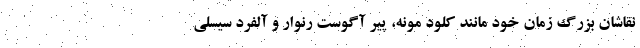
نقاشان بزرگ زمان خود مانند کلود مونه، پیر آگوست رنوار و آلفرد سیسلی